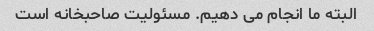
البته ما انجام می دهیم. مسئولیت صاحبخانه است